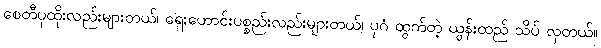
စေတီပုထိုးလည်းများတယ်၊ ရှေးဟောင်းပစ္စည်းလည်းများတယ်၊ ပုဂံ ထွက်တဲ့ ယွန်းထည် သိပ် လှတယ်။